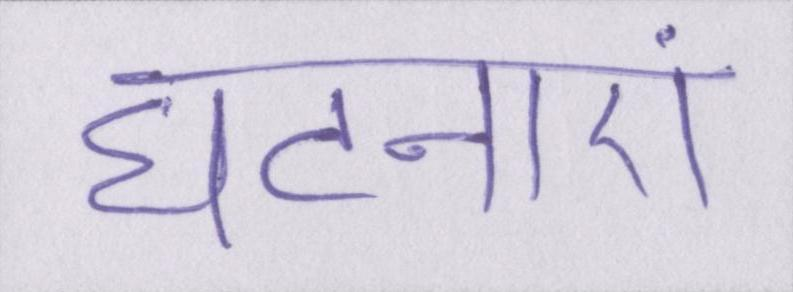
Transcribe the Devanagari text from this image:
घटनाएं